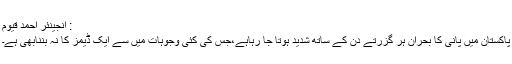
: انجینئر احمد قیوم
پاکستان میں پانی کا بحران ہر گزرتے دن کے ساتھ شدید ہوتا جا رہاہے،جس کی کئی وجوہات میں سے ایک ڈیمز کا نہ بننابھی ہے۔